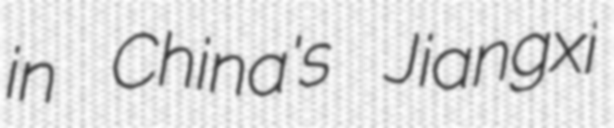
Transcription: in China's Jiangxi